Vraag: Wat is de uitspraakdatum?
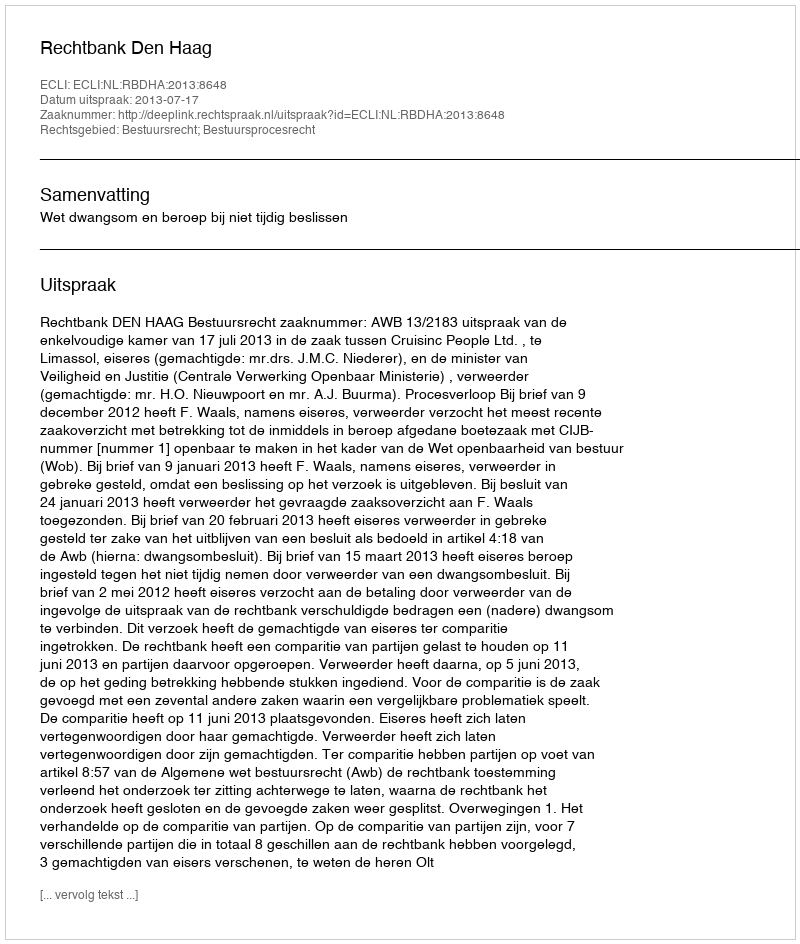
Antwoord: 2013-07-17